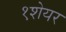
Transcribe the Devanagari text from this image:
१शेयर